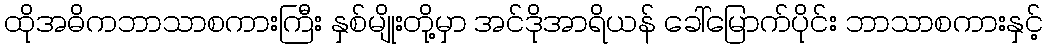
ထိုအဓိကဘာသာစကားကြီး နှစ်မျိုးတို့မှာ အင်ဒိုအာရိယန် ခေါ်မြောက်ပိုင်း ဘာသာစကားနှင့်